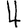
Digit: 4